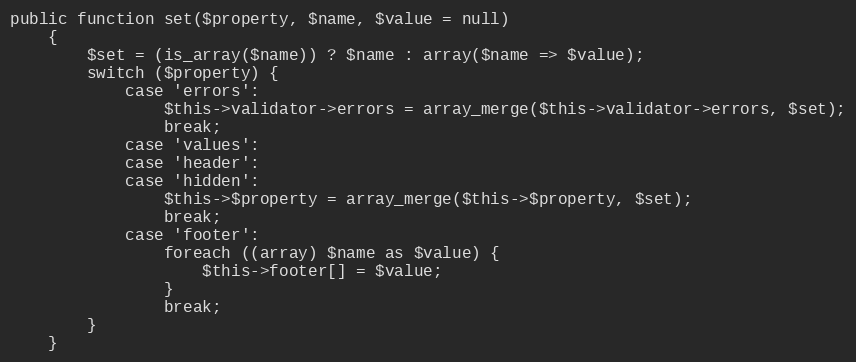
Language: PHP
public function set($property, $name, $value = null)
    {
        $set = (is_array($name)) ? $name : array($name => $value);
        switch ($property) {
            case 'errors':
                $this->validator->errors = array_merge($this->validator->errors, $set);
                break;
            case 'values':
            case 'header':
            case 'hidden':
                $this->$property = array_merge($this->$property, $set);
                break;
            case 'footer':
                foreach ((array) $name as $value) {
                    $this->footer[] = $value;
                }
                break;
        }
    }